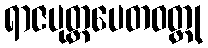
ရာဇပုတ္တပေတဝတ္ထု